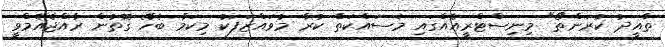
ތާއީދު ކުރަންތޯ" މިނިސްޓްރީއެއްގައި މަސައްކަތް ކުރާ މުވައްޒަފަކު މިކަމާ ބެހޭ ގޮތުން ރާއްޖެއެމްވީ